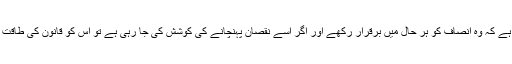
ایک جج یا منصف کا کام ہے کہ وہ انصاف کو ہر حال میں برقرار رکھے اور اگر اسے نقصان پہنچانے کی کوشش کی جا رہی ہے تو اس کو قانون کی طاقت کے ذریعے ناکام بنا دے۔